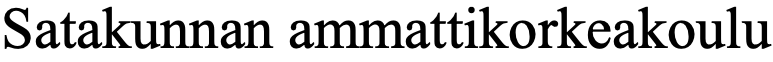
Satakunnan ammattikorkeakoulu